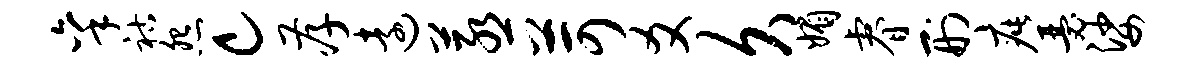
秉祜怨c孝远蒸苛爻久媚睿刑疵瑟娑